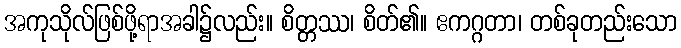
အကုသိုလ်ဖြစ်ဖို့ရာအခါ၌လည်း။ စိတ္တဿ၊ စိတ်၏။ ဧကဂ္ဂတာ၊ တစ်ခုတည်းသော